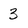
Character: 3